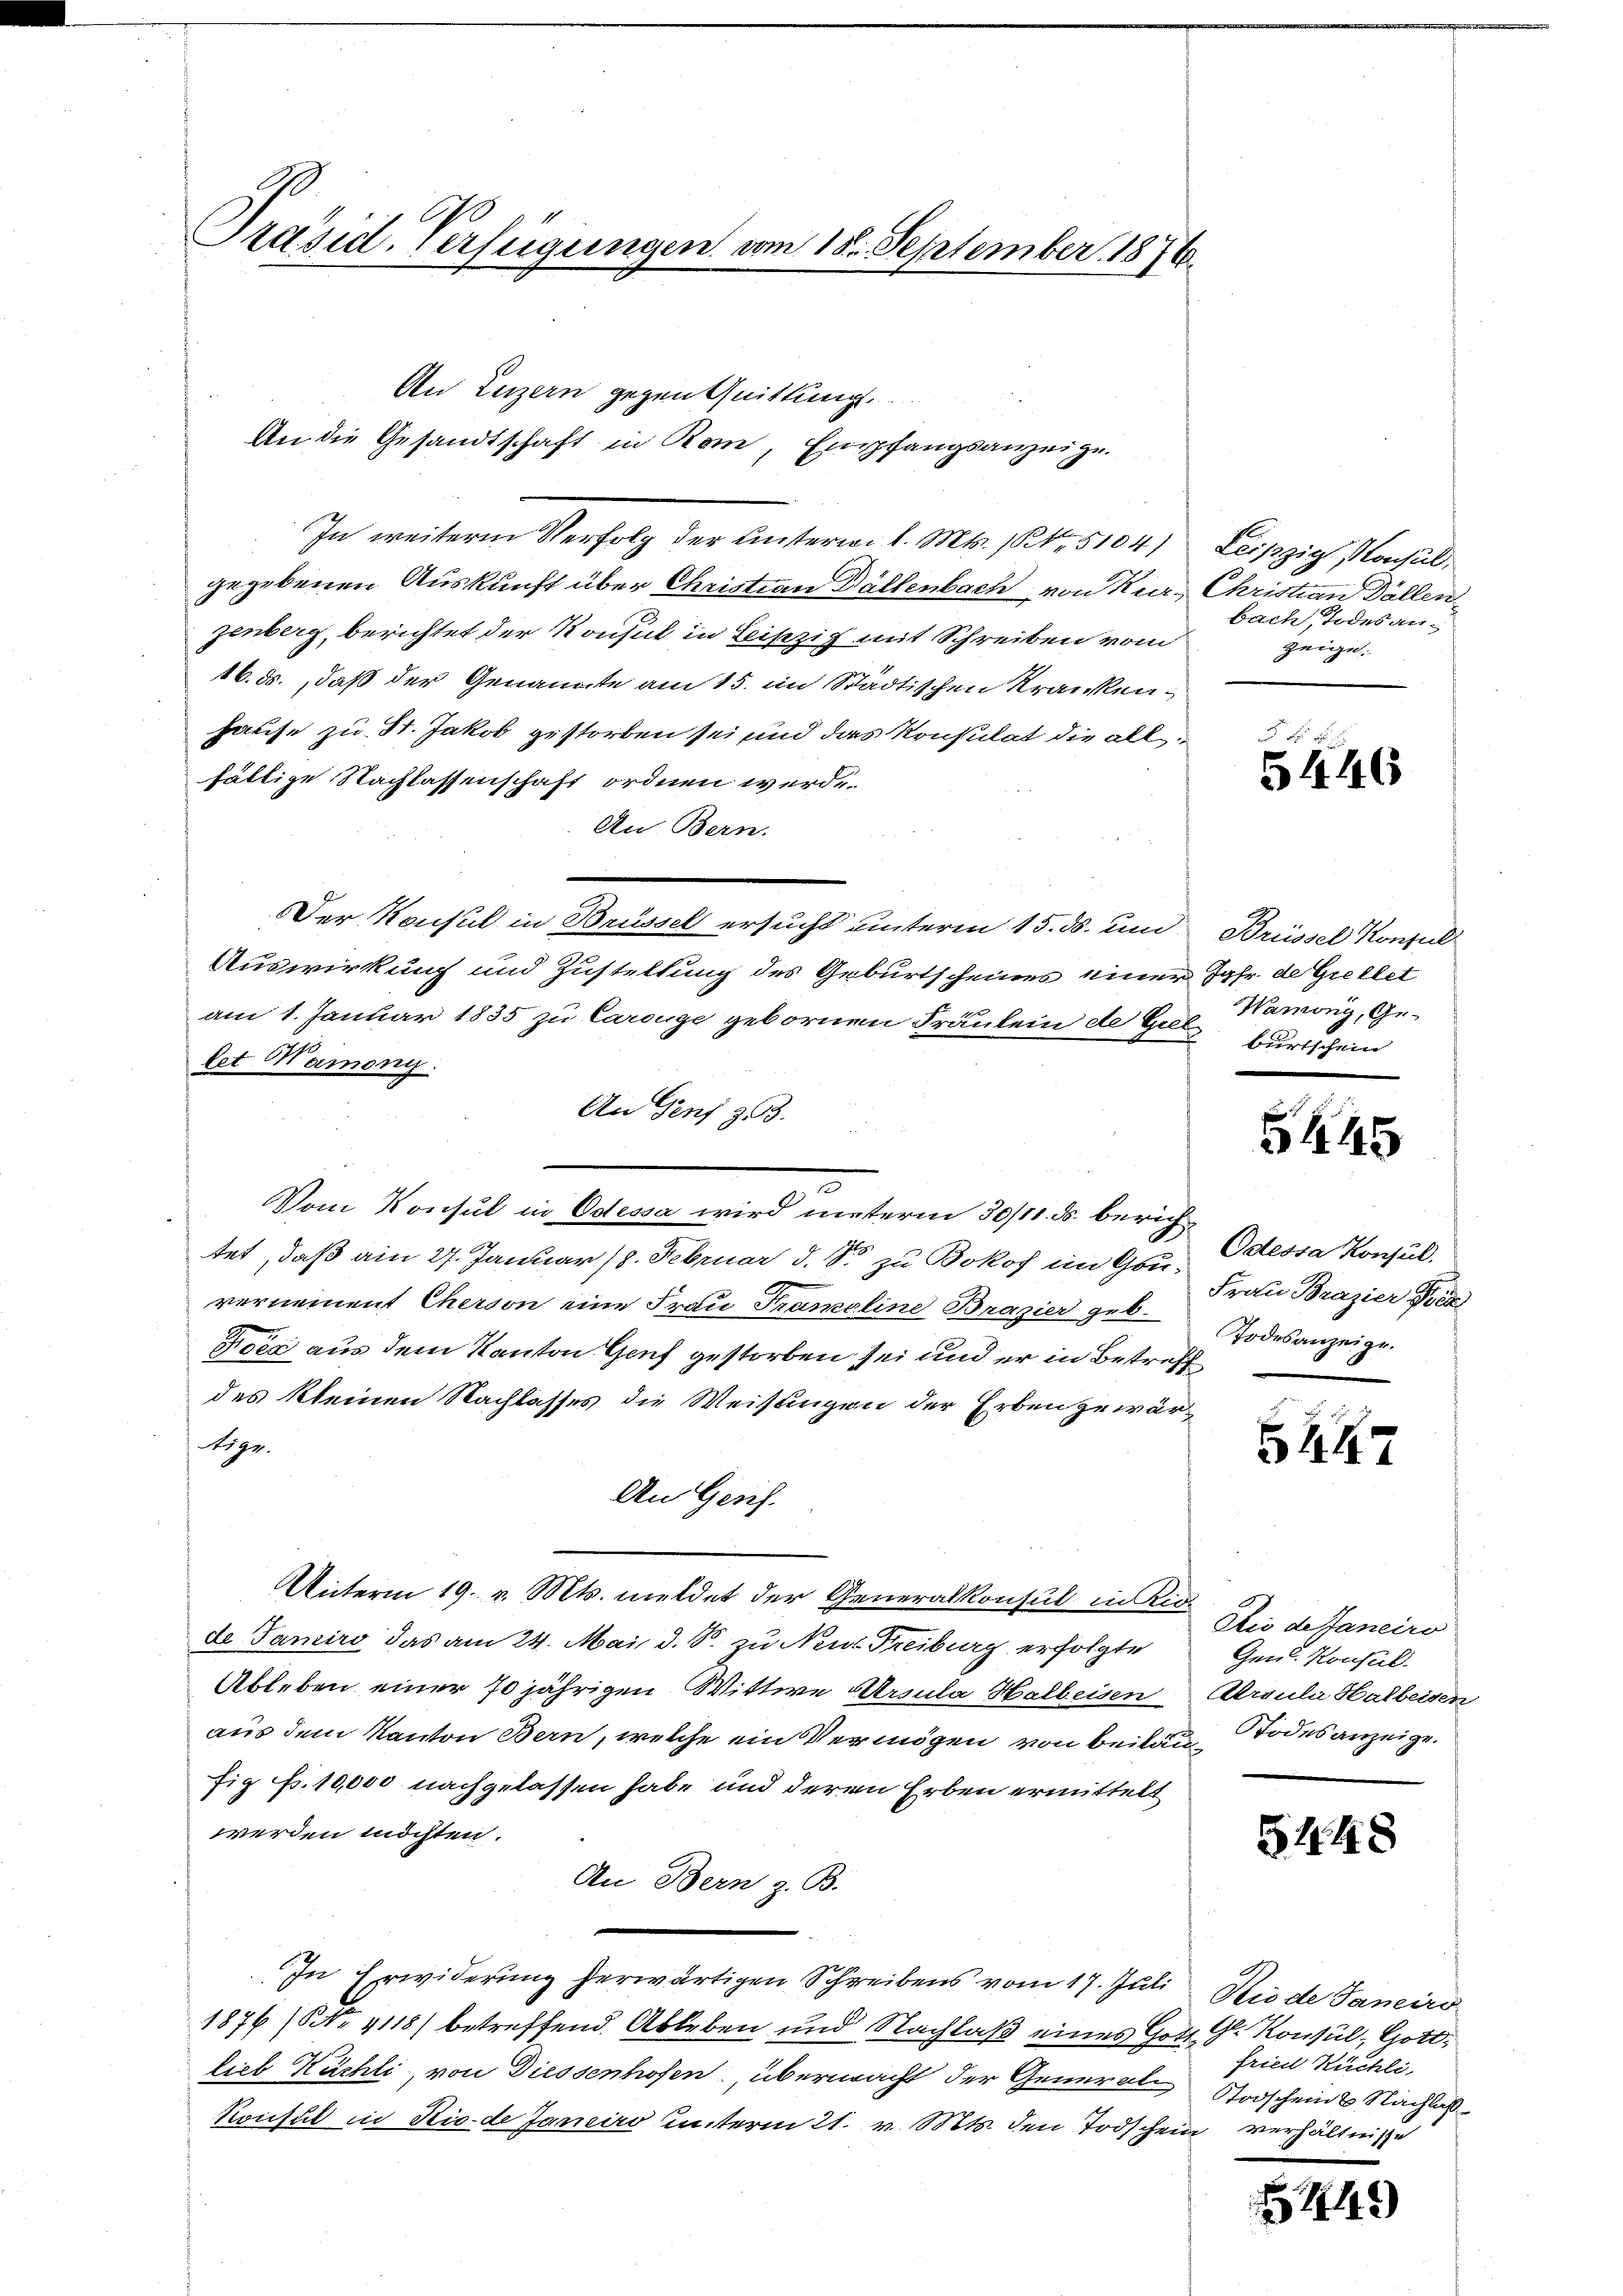
Präsid. Verfügungen vom 18. September 1876.

An Luzern gegen Quittung
An die Gesandtschaft in Rom, Empfangsanzeige.
In weitere Verfolg der Unterwil. Mts. 1. 5104)
gegebenen Auskunft über Christian Dällenbach von Kur, Christian Dällen
zenberg, berichtet der Konsul in Liszig mit Schreiben vom
16. ds., daß der Genannte am 15. im Städtischen Krankenhause zu St. Jakob gestorben sei und das Konstilat die allfältige Nachlassenschaft ordnen werde
An Bern.
Der Konsul in Brüssel ersucht unterm 15. ds. und Brüssel Konsul
Auswirkung und Zustellung des Geburtscheines einer Jahr de Grellet
am 1. Januar 1835 zu Carouge gebornen Fräulein de Gut burtschein
let Maiony.
An Genf 303.
u
3
Vom Konsul in Odessa wird unterm 30/11. ds. berichtet, daß am 27. Januar 18. Februar d. So zu Bokof im Gou-
vernement Cherson eine Frau Prameline Brazier geb.
Foes aus dem Kanton Genf gestorben sei und er in Betreff
des kleinen Nachlasses die Weisungen der Erben zuwär¬
Stige.
An Genf.
Unterm 19. v. Mts. meldet der Generalkonsul in Kin
de Janeiro das am 24. Mai d. S. zu Neue Freiburg erfolgte
Ableben einer 70jährigen Wittwe Ursula Halbeisen Arsula Halbeisen
aus dem Kanton Bern, welche ein Vermögen von Beilau, Todesanzeige.
fig Fr. 10,000 nachgelassen habe und deren Erben ermittelt
werden möchten.
An Bern z. B.
In Erwiderung herwärtigen Schreibens vom 17. Juli Niede Janeiro
1876 (Nr. 4118) betreffend Ableben und Nachlaß eines Gott. G. Konsul, Gottlieb Kuchli, von Diessenhofen, übermacht der General-Stodschein Nachla
Konsul in Ric-de Janeiro unterm 21. v. Mts. den Todschein verhältnisse

Leipzig Konsul,
bach, Todesanzeige.

5446

Wamong, Ge-

5445

Odessa Konsul
Frau Brazier Wied
Todesanzeige.

B

Aus de Janeiro
Gen. Konsul

5448

fried Küchli,

449